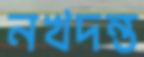
নখদন্ত